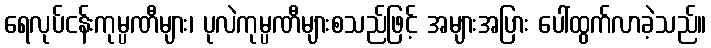
ရေလုပ်ငန်းကုမ္ပဏီများ၊ ပုလဲကုမ္ပဏီများစသည်ဖြင့် အများအပြား ပေါ်ထွက်လာခဲ့သည်။